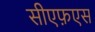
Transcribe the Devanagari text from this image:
सीएफ़एस